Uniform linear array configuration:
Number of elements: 8
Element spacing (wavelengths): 0.5
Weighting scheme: hann
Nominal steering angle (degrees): -45
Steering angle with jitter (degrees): -44.512
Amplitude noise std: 0.05
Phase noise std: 0.05

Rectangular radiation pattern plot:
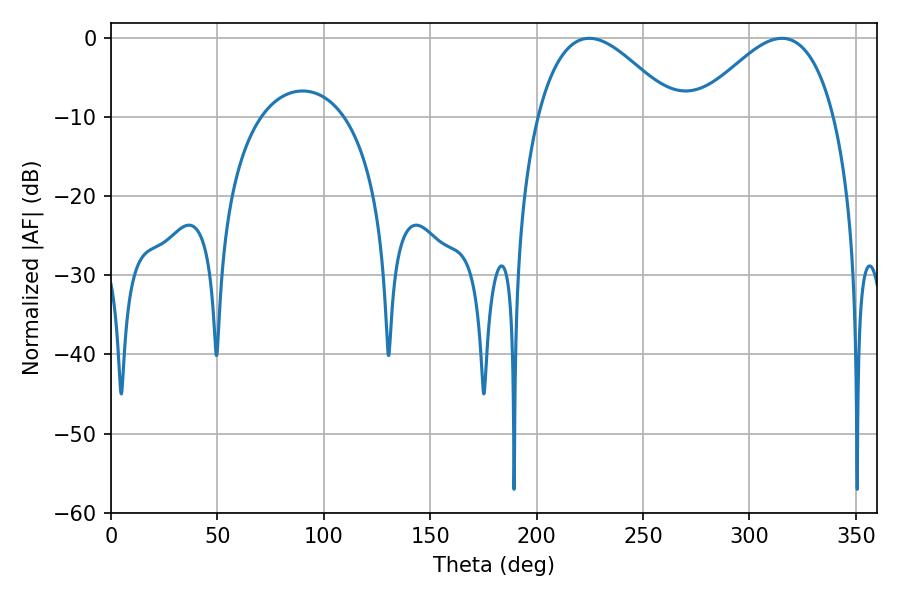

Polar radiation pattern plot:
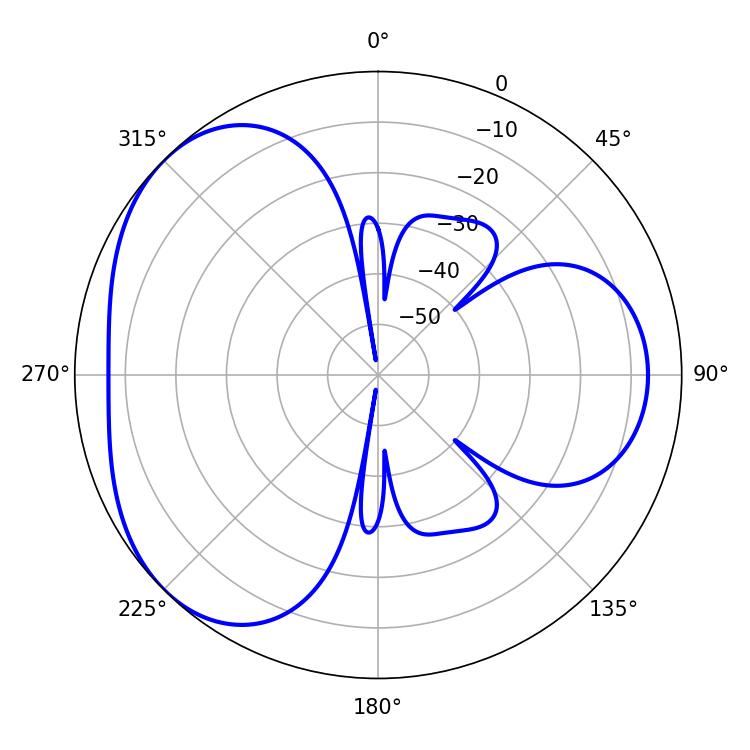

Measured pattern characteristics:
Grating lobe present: FALSE
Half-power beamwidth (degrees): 35.1
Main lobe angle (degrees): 224.82